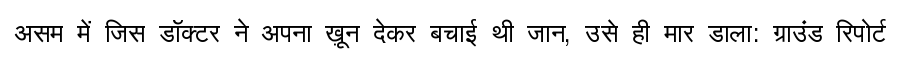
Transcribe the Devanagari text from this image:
असम में जिस डॉक्टर ने अपना ख़ून देकर बचाई थी जान, उसे ही मार डाला: ग्राउंड रिपोर्ट